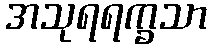
အသုရရက္ခသာ